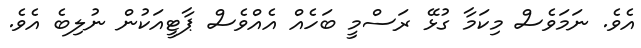
އެވެ. ނަމަވެސް މިކަމާ ގުޅޭ ރަސްމީ ބަހެއް އެއްވެސް ޕާޓީއަކުން ނުލިބެ އެވެ.